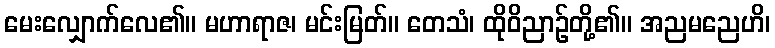
မေးလျှောက်လေ၏။ မဟာရာဇ၊ မင်းမြတ်။ တေသံ၊ ထိုဝိညာဉ်တို့၏။ အညမညေဟိ၊